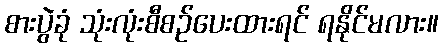
စားပွဲခုံ သုံးလုံးစီစဉ်ပေးထားရင် ရနိုင်မလား။